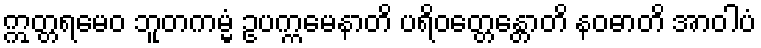
ဣတ္တရမေဝ ဘူတကမ္မံ ဥပက္ကမေနာတိ ပရိဝတ္တေန္တောတိ နဝဓာတိ အာဝါပံ